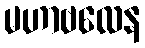
မဟာဗလေန